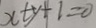
x + y + 1 = 0